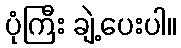
ပုံကြီး ချဲ့ပေးပါ။